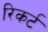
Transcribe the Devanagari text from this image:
रिकर्ट